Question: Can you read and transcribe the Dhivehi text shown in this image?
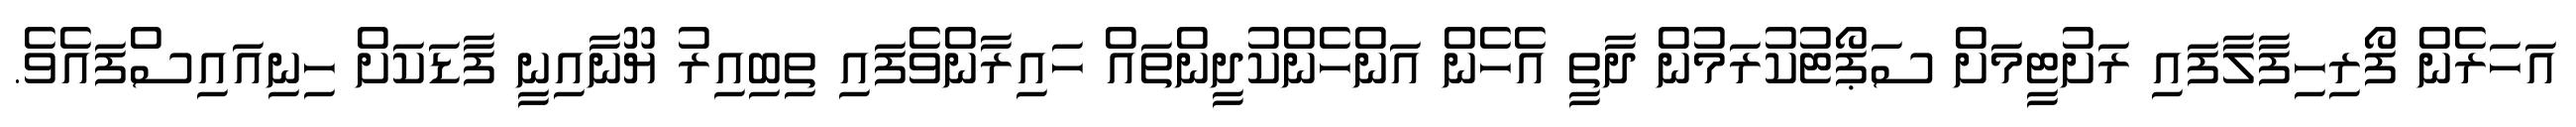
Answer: އަހަރެން ފޯރިހިފާލާފައި ރަށުޓީމަށް ސަޕޯޓުކުރަމުން ދާތީ އެހެން އަންހެންކުދީންތައް ހައިރާންވެފައި ތިބިއިރު ޔޫނާއިނީ ފާޑަކަށް ހިނިއައިސްފައެވެ.